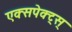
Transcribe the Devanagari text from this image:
एक्सपेक्ट्स्